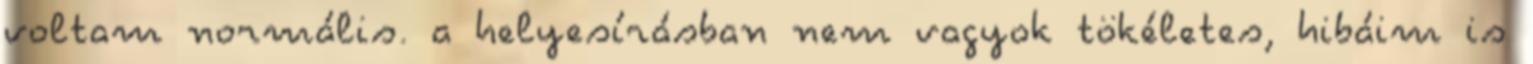
voltam normális. a helyesírásban nem vagyok tökéletes, hibáim is